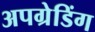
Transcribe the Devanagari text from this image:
अपग्रेडिंग